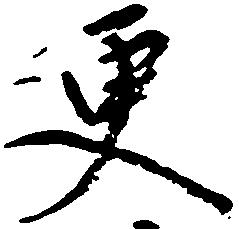
更